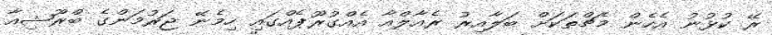
ރޭ ކުޅުނު އެހެން މެޗްތަކަށް ބަލާއިރު ރެއާލްއާ އެއްގުރޫޕެއްގައި ހިމެނޭ ޖަރުމަންގެ ބްރޫޝިއާ